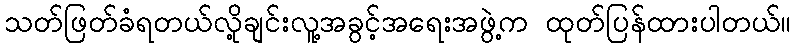
သတ်ဖြတ်ခံရတယ်လို့ချင်းလူ့အခွင့်အရေးအဖွဲ့က ထုတ်ပြန်ထားပါတယ်။